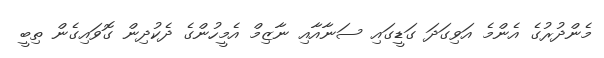
މެންދުރުގެ އެންމެ އަވިގަދަ ގަޑީގައި ސަނާއާއި ނާޒިމް އެމީހުންގެ ދެކުދިން ގޮވައިގެން ތިބީ